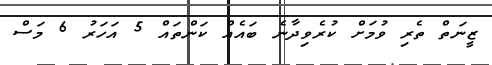
ޒީނަތް ތެރި ވުމަށް ކުރެވިދާނެ ބައެއް ކަންތައް 5 އަހަރު 6 މަސް